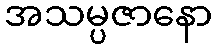
အသမ္ပဇာနော